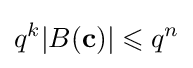
q^{k}|B(\mathbf {c} )|\leqslant q^{n}